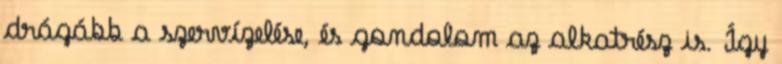
drágább a szervízelése, és gondolom az alkatrész is. Így